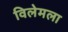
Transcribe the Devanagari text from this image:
विलेमला